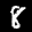
Label: 8